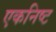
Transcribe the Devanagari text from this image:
एकनिष्ट